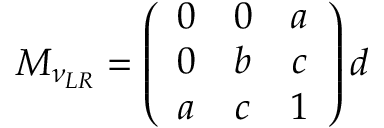
M _ { \nu _ { L R } } = \left( \begin{array} { c c c } { { 0 } } & { { 0 } } & { { a } } \\ { { 0 } } & { { b } } & { { c } } \\ { { a } } & { { c } } & { { 1 } } \end{array} \right) d